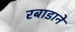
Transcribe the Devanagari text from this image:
रबाडाने